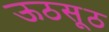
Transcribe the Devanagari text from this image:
ऊठसूठ